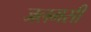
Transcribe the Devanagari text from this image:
जलमसी